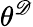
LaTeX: \theta^{\mathscr{D}}